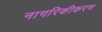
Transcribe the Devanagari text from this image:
नागरिकीकरण